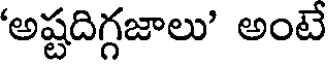
'అష్టదిగ్గజాలు' అంటే